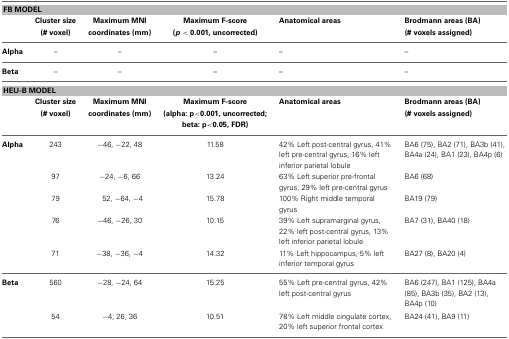
<table><thead><tr><td colspan="6"><b>FB MODEL</b></td></tr><tr><td></td><td><b>Cluster size (# voxel)</b></td><td><b>Maximum MNI coordinates (mm)</b></td><td><b>Maximum F-score (<i>p</i> &lt; 0.001, uncorrected)</b></td><td><b>Anatomical areas</b></td><td><b>Brodmann areas (BA) (# voxels assigned)</b></td></tr></thead><tbody><tr><td><b>Alpha</b></td><td>–</td><td>–</td><td>–</td><td>–</td><td>–</td></tr><tr><td><b>Beta</b></td><td>–</td><td>–</td><td>–</td><td>–</td><td>–</td></tr><tr><td colspan="6"><b>HEU-B MODEL</b></td></tr><tr><td></td><td><b>Cluster size (# voxel)</b></td><td><b>Maximum MNI coordinates (mm)</b></td><td><b>Maximum F-score (alpha: p&lt;0.001, uncorrected; beta: p&lt;0.05, FDR)</b></td><td><b>Anatomical areas</b></td><td><b>Brodmann areas (BA) (# voxels assigned)</b></td></tr><tr><td><b>Alpha</b></td><td>243</td><td>−46, −22, 48</td><td>11.58</td><td>42% Left post-central gyrus, 41% left pre-central gyrus, 16% left inferior parietal lobule</td><td>BA6 (75), BA2 (71), BA3b (41), BA4a (24), BA1 (23), BA4p (6)</td></tr><tr><td></td><td>97</td><td>−24, −6, 66</td><td>13.24</td><td>63% Left superior pre-frontal gyrus, 29% left pre-central gyrus</td><td>BA6 (68)</td></tr><tr><td></td><td>79</td><td>52, −64, −4</td><td>15.78</td><td>100% Right middle temporal gyrus</td><td>BA19 (79)</td></tr><tr><td></td><td>76</td><td>−46, −26, 30</td><td>10.15</td><td>39% Left supramarginal gyrus, 22% left post-central gyrus, 13% left inferior parietal lobule</td><td>BA7 (31), BA40 (18)</td></tr><tr><td></td><td>71</td><td>−38, −36, −4</td><td>14.32</td><td>11% Left hippocampus, 5% left inferior temporal gyrus</td><td>BA27 (8), BA20 (4)</td></tr><tr><td><b>Beta</b></td><td>560</td><td>−28, −24, 64</td><td>15.25</td><td>55% Left pre-central gyrus, 42% left post-central gyrus</td><td>BA6 (247), BA1 (125), BA4a (85), BA3b (35), BA2 (13), BA4p (10)</td></tr><tr><td></td><td>54</td><td>−4, 26, 36</td><td>10.51</td><td>78% Left middle cingulate cortex, 20% left superior frontal cortex</td><td>BA24 (41), BA9 (11)</td></tr></tbody></table>